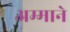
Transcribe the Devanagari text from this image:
अम्माने